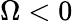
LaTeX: \Omega<0